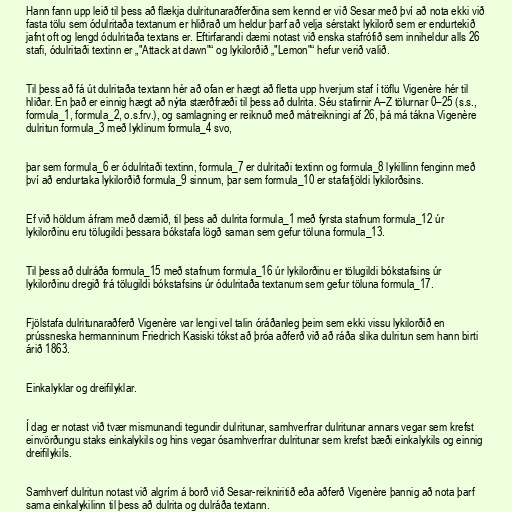
Hann fann upp leið til þess að flækja dulritunaraðferðina sem kennd er við Sesar með því að nota ekki við
fasta tölu sem ódulritaða textanum er hliðrað um heldur þarf að velja sérstakt lykilorð sem er endurtekið
jafnt oft og lengd ódulritaða textans er. Eftirfarandi dæmi notast við enska stafrófið sem inniheldur alls 26
stafi, ódulritaði textinn er „"Attack at dawn"“ og lykilorðið „"Lemon"“ hefur verið valið.

Til þess að fá út dulritaða textann hér að ofan er hægt að fletta upp hverjum staf í töflu Vigenère hér til
hliðar. En það er einnig hægt að nýta stærðfræði til þess að dulrita. Séu stafirnir A–Z tölurnar 0–25 (s.s.,
formula_1, formula_2, o.s.frv.), og samlagning er reiknuð með mátreikningi af 26, þá má tákna Vigenère
dulritun formula_3 með lyklinum formula_4 svo,

þar sem formula_6 er ódulritaði textinn, formula_7 er dulritaði textinn og formula_8 lykillinn fenginn með
því að endurtaka lykilorðið formula_9 sinnum, þar sem formula_10 er stafafjöldi lykilorðsins.

Ef við höldum áfram með dæmið, til þess að dulrita formula_1 með fyrsta stafnum formula_12 úr
lykilorðinu eru tölugildi þessara bókstafa lögð saman sem gefur töluna formula_13.

Til þess að dulráða formula_15 með stafnum formula_16 úr lykilorðinu er tölugildi bókstafsins úr
lykilorðinu dregið frá tölugildi bókstafsins úr ódulritaða textanum sem gefur töluna formula_17.

Fjölstafa dulritunaraðferð Vigenère var lengi vel talin óráðanleg þeim sem ekki vissu lykilorðið en
prússneska hermanninum Friedrich Kasiski tókst að þróa aðferð við að ráða slika dulritun sem hann birti
árið 1863.

Einkalyklar og dreifilyklar.

Í dag er notast við tvær mismunandi tegundir dulritunar, samhverfrar dulritunar annars vegar sem krefst
einvörðungu staks einkalykils og hins vegar ósamhverfrar dulritunar sem krefst bæði einkalykils og einnig
dreifilykils.

Samhverf dulritun notast við algrím á borð við Sesar-reikniritið eða aðferð Vigenère þannig að nota þarf
sama einkalykilinn til þess að dulrita og dulráða textann.